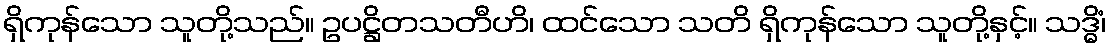
ရှိကုန်သော သူတို့သည်။ ဥပဋ္ဌိတသတီဟိ၊ ထင်သော သတိ ရှိကုန်သော သူတို့နှင့်။ သဒ္ဓိံ၊